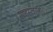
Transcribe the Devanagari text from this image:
रजस्वला।।